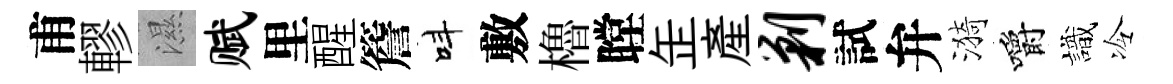
甫轇濕赋里醒簷呌敷櫓瞠𦈢產剿試弁漪嚼識冷